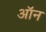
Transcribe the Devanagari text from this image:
अॉन